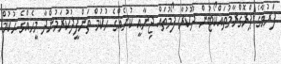
ފަރުވާގެ ޕްރޮގްރާމުތައްކޯޓުން ދޫކުރާ ފޯމުތައް ޖިނާއީ ކުށެއްގެ ޙުކުމް ތަންފީޛުކުރަމުންދާ މީހެއްގެ ޙުކުމް